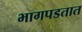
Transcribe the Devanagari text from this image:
भागपडतात